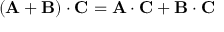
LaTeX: \left( \mathbf { A } + \mathbf { B } \right) \cdot \mathbf { C } = \mathbf { A } \cdot \mathbf { C } + \mathbf { B } \cdot \mathbf { C }